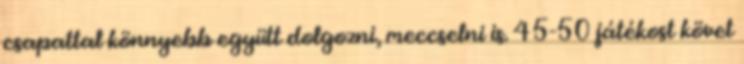
csapattal könnyebb együtt dolgozni, meccselni is. 45-50 játékost követ